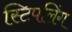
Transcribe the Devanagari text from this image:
स्टिपलिंग